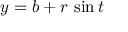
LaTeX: y = b + r \, \sin t \,